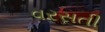
વરસતી